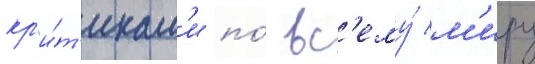
кр'и́т'икам'и по́ вс'ему́ м'иру